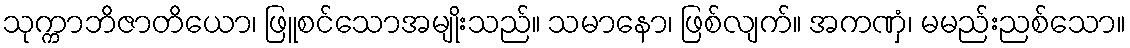
သုက္ကာဘိဇာတိယော၊ ဖြူစင်သောအမျိုးသည်။ သမာနော၊ ဖြစ်လျက်။ အကဏှံ၊ မမည်းညစ်သော။